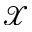
\mathcal { X }